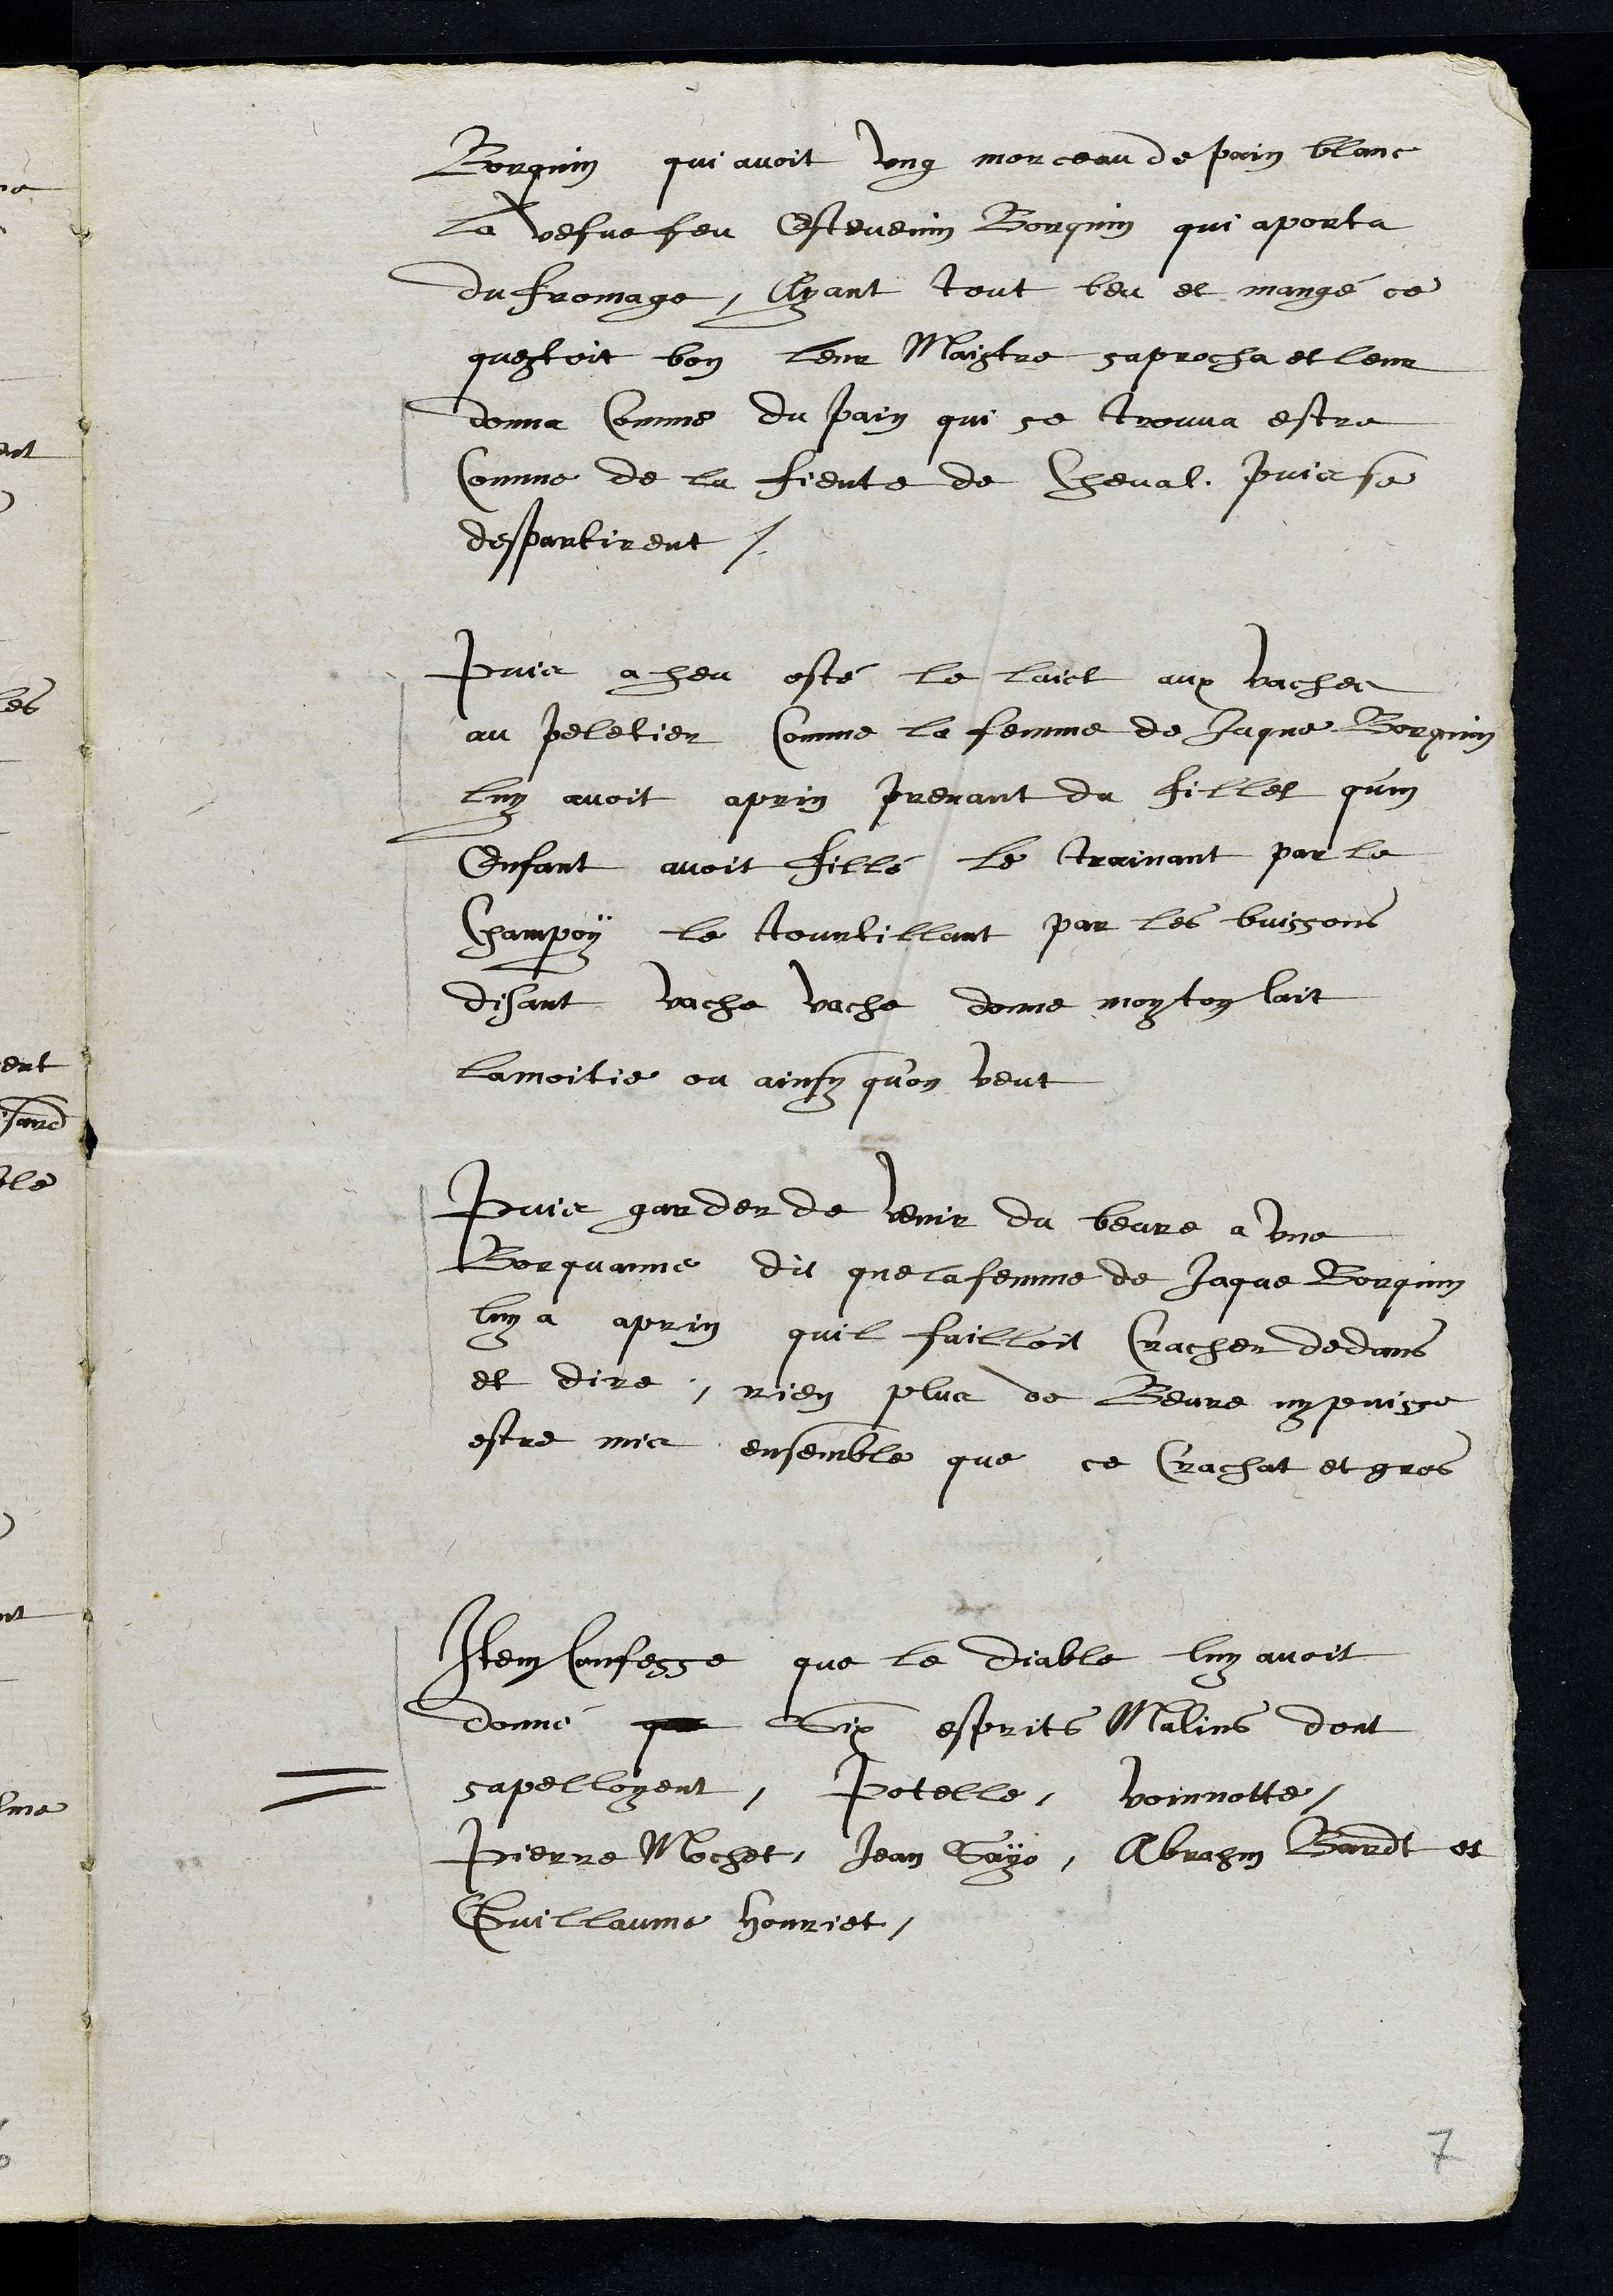
Borquin qui avoit ung morceau de pain blanc
La vefve feu Estevenin Borquin qui aporta
du fromage, ayant tout beu et mangé ce
questoit bon leur Maistre saprocha et leur
donna Comme du pain qui se trouva estre
Comme de la fiente de Cheval puis se
despartirent.
Puis a heu osté le laict aux vaches
au peletier comme la femme de Jaque Borquin
Luy avoit aprin prenant du fillet qu'un
enfant avoit fillé le trainant par le
champoy la tourtillant par les buissons
disant vache vache donne moy ton lait
la moitie ou ainsy qu'on veut
Puis garder de venir du beure a une
Borquanne dit que la femme de Jaque Borquin
luy a aprin quil failloit cracher dedans
et dire, rien plus de Beure ny puisse
estre mis ensemble que ce crachat et gros
Item confesse que le diable luy avoit
donné que six esprits Malins dont
sapelloyent, Potelle, Voinnotte,
Pierre Mochet, Jean Sayo, Abrahm Bardt et
Guillaume Houriet.
7